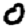
Digit: 0